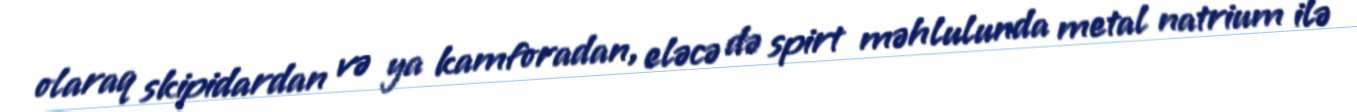
olaraq skipidardan və ya kamforadan, eləcə də spirt məhlulunda metal natrium ilə